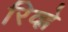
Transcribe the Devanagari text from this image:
रिव्ह्ने